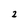
Character: 2